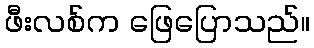
ဖီးလစ်က ဖြေပြောသည်။